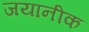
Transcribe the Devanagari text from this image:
जयानीक